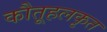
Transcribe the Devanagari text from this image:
कौतूहलकृत